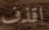
اقذف